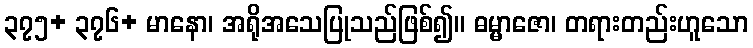
၃၇၅+ ၃၇၆+ မာနော၊ အရိုအသေပြုသည်ဖြစ်၍။ ဓမ္မာဇော၊ တရားတည်းဟူသော